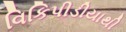
વિકિપીડીયાથી